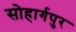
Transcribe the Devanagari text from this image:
सोहार्गपुर